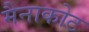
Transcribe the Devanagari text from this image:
मैनाकोट